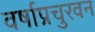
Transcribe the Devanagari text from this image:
वर्षाप्रचुरवन